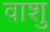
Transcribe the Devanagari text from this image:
वाशु